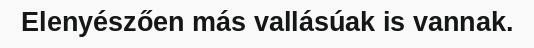
Elenyészően más vallásúak is vannak.